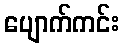
ပျောက်ကင်း